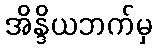
အိန္ဒိယဘက်မှ